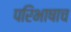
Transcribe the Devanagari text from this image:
परिभाषाच